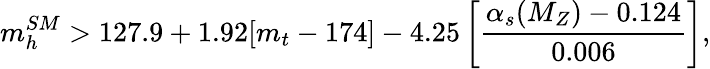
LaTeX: m_{h}^{SM}>127.9+1.92[m_{t}-174]-4.25\left[\frac{\alpha_{s}(M_{Z})-0.124}{0.006}\right],